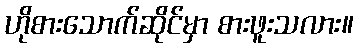
ဟိုစားသောက်ဆိုင်မှာ စားဖူးသလား။